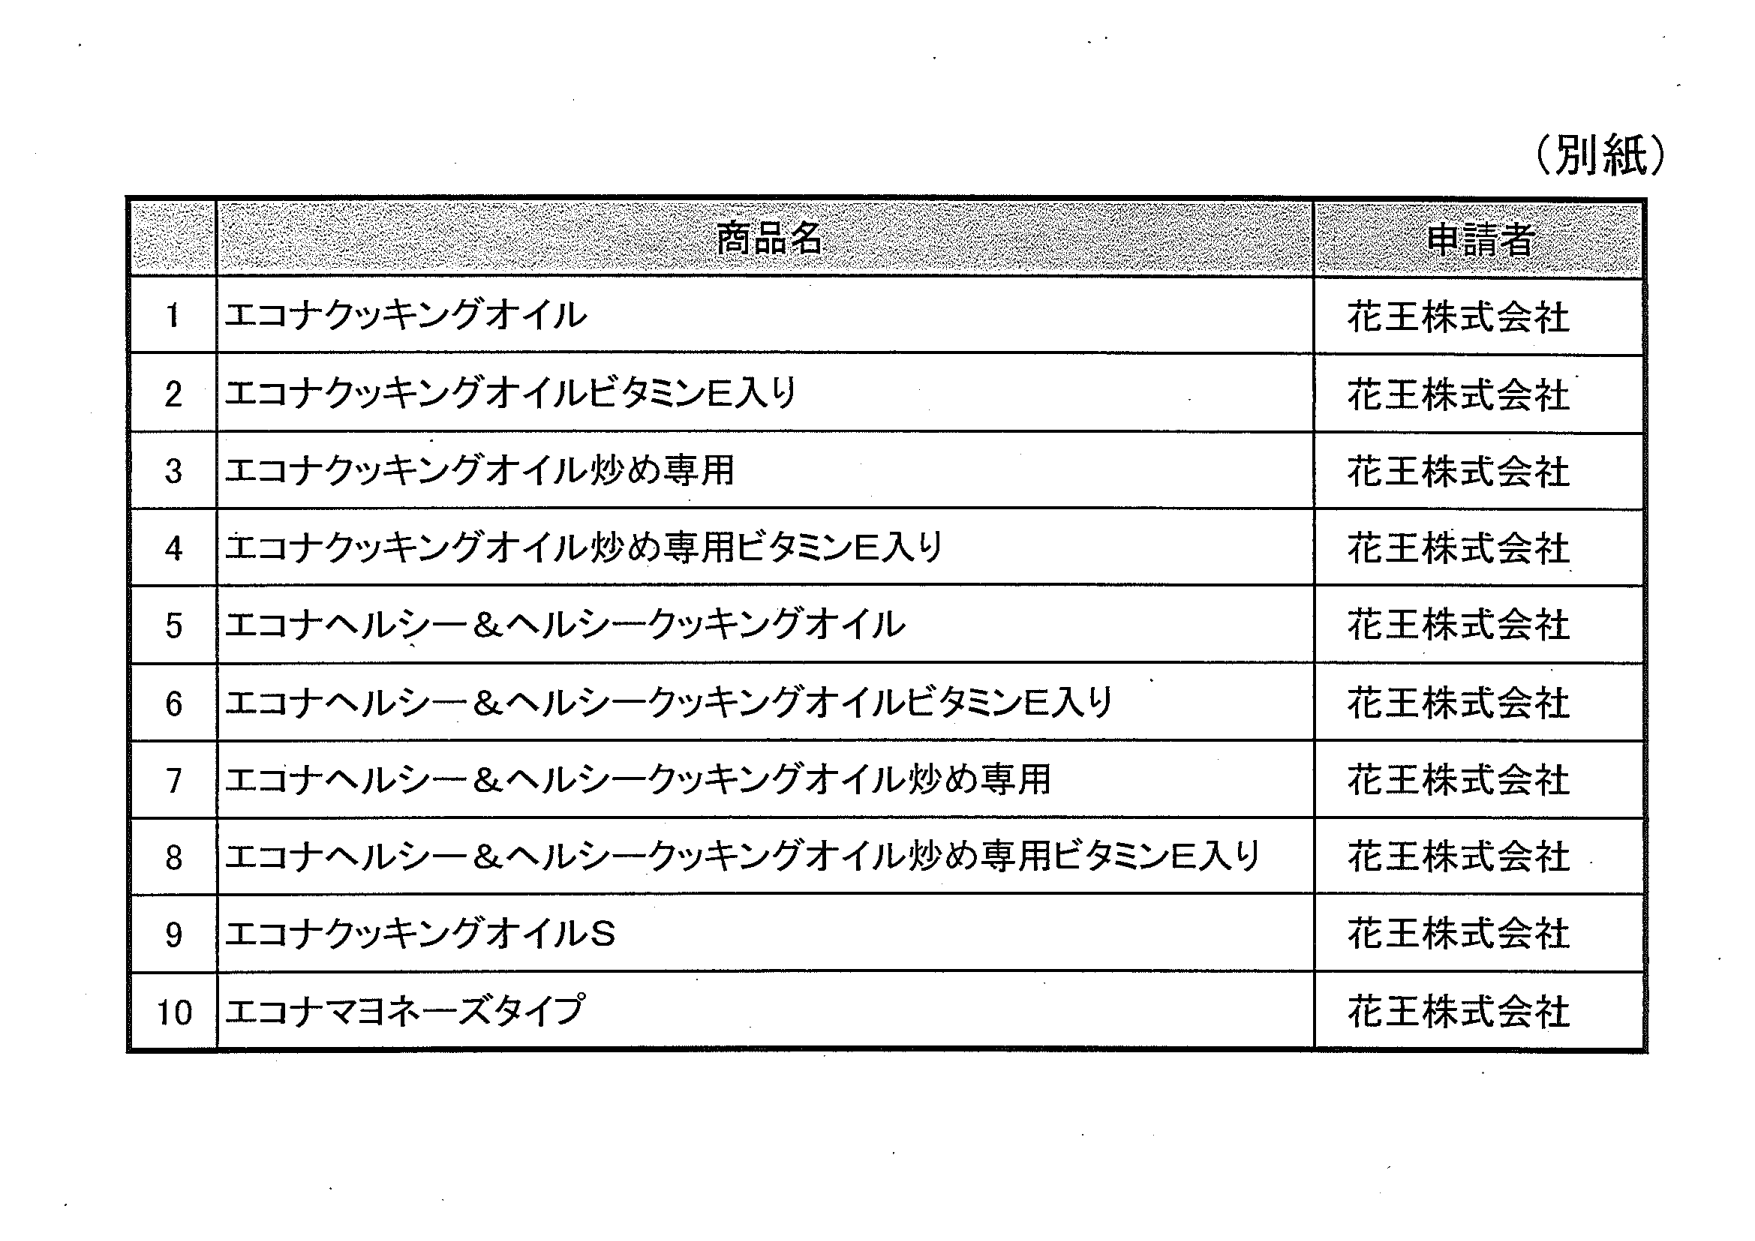
（別紙）

商品名 申請者
1 エコナクッキングオイル 花王株式会社
2 エコナクッキングオイルビタミンE入り 花王株式会社
3 エコナクッキングオイル炒め専用 花王株式会社
4 エコナクッキングオイル炒め専用ビタミンE入り 花王株式会社
5 エコナヘルシー＆ヘルシークッキングオイル 花王株式会社
6 エコナヘルシー＆ヘルシークッキングオイルビタミンE入り 花王株式会社
7 エコナヘルシー＆ヘルシークッキングオイル炒め専用 花王株式会社
8 エコナヘルシー＆ヘルシークッキングオイル炒め専用ビタミンE入り 花王株式会社
9 エコナクッキングオイルS 花王株式会社
10 エコナマヨネーズタイプ 花王株式会社